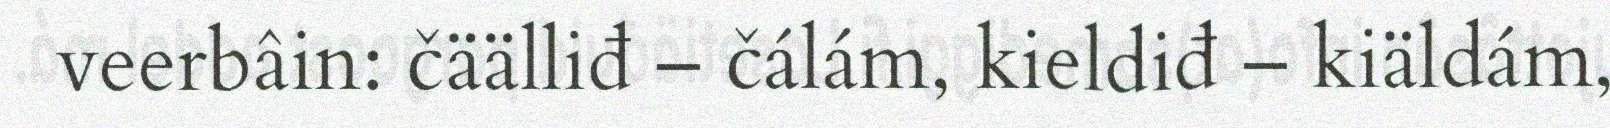
veerbâin: čäälliđ – čálám, kieldiđ – kiäldám,